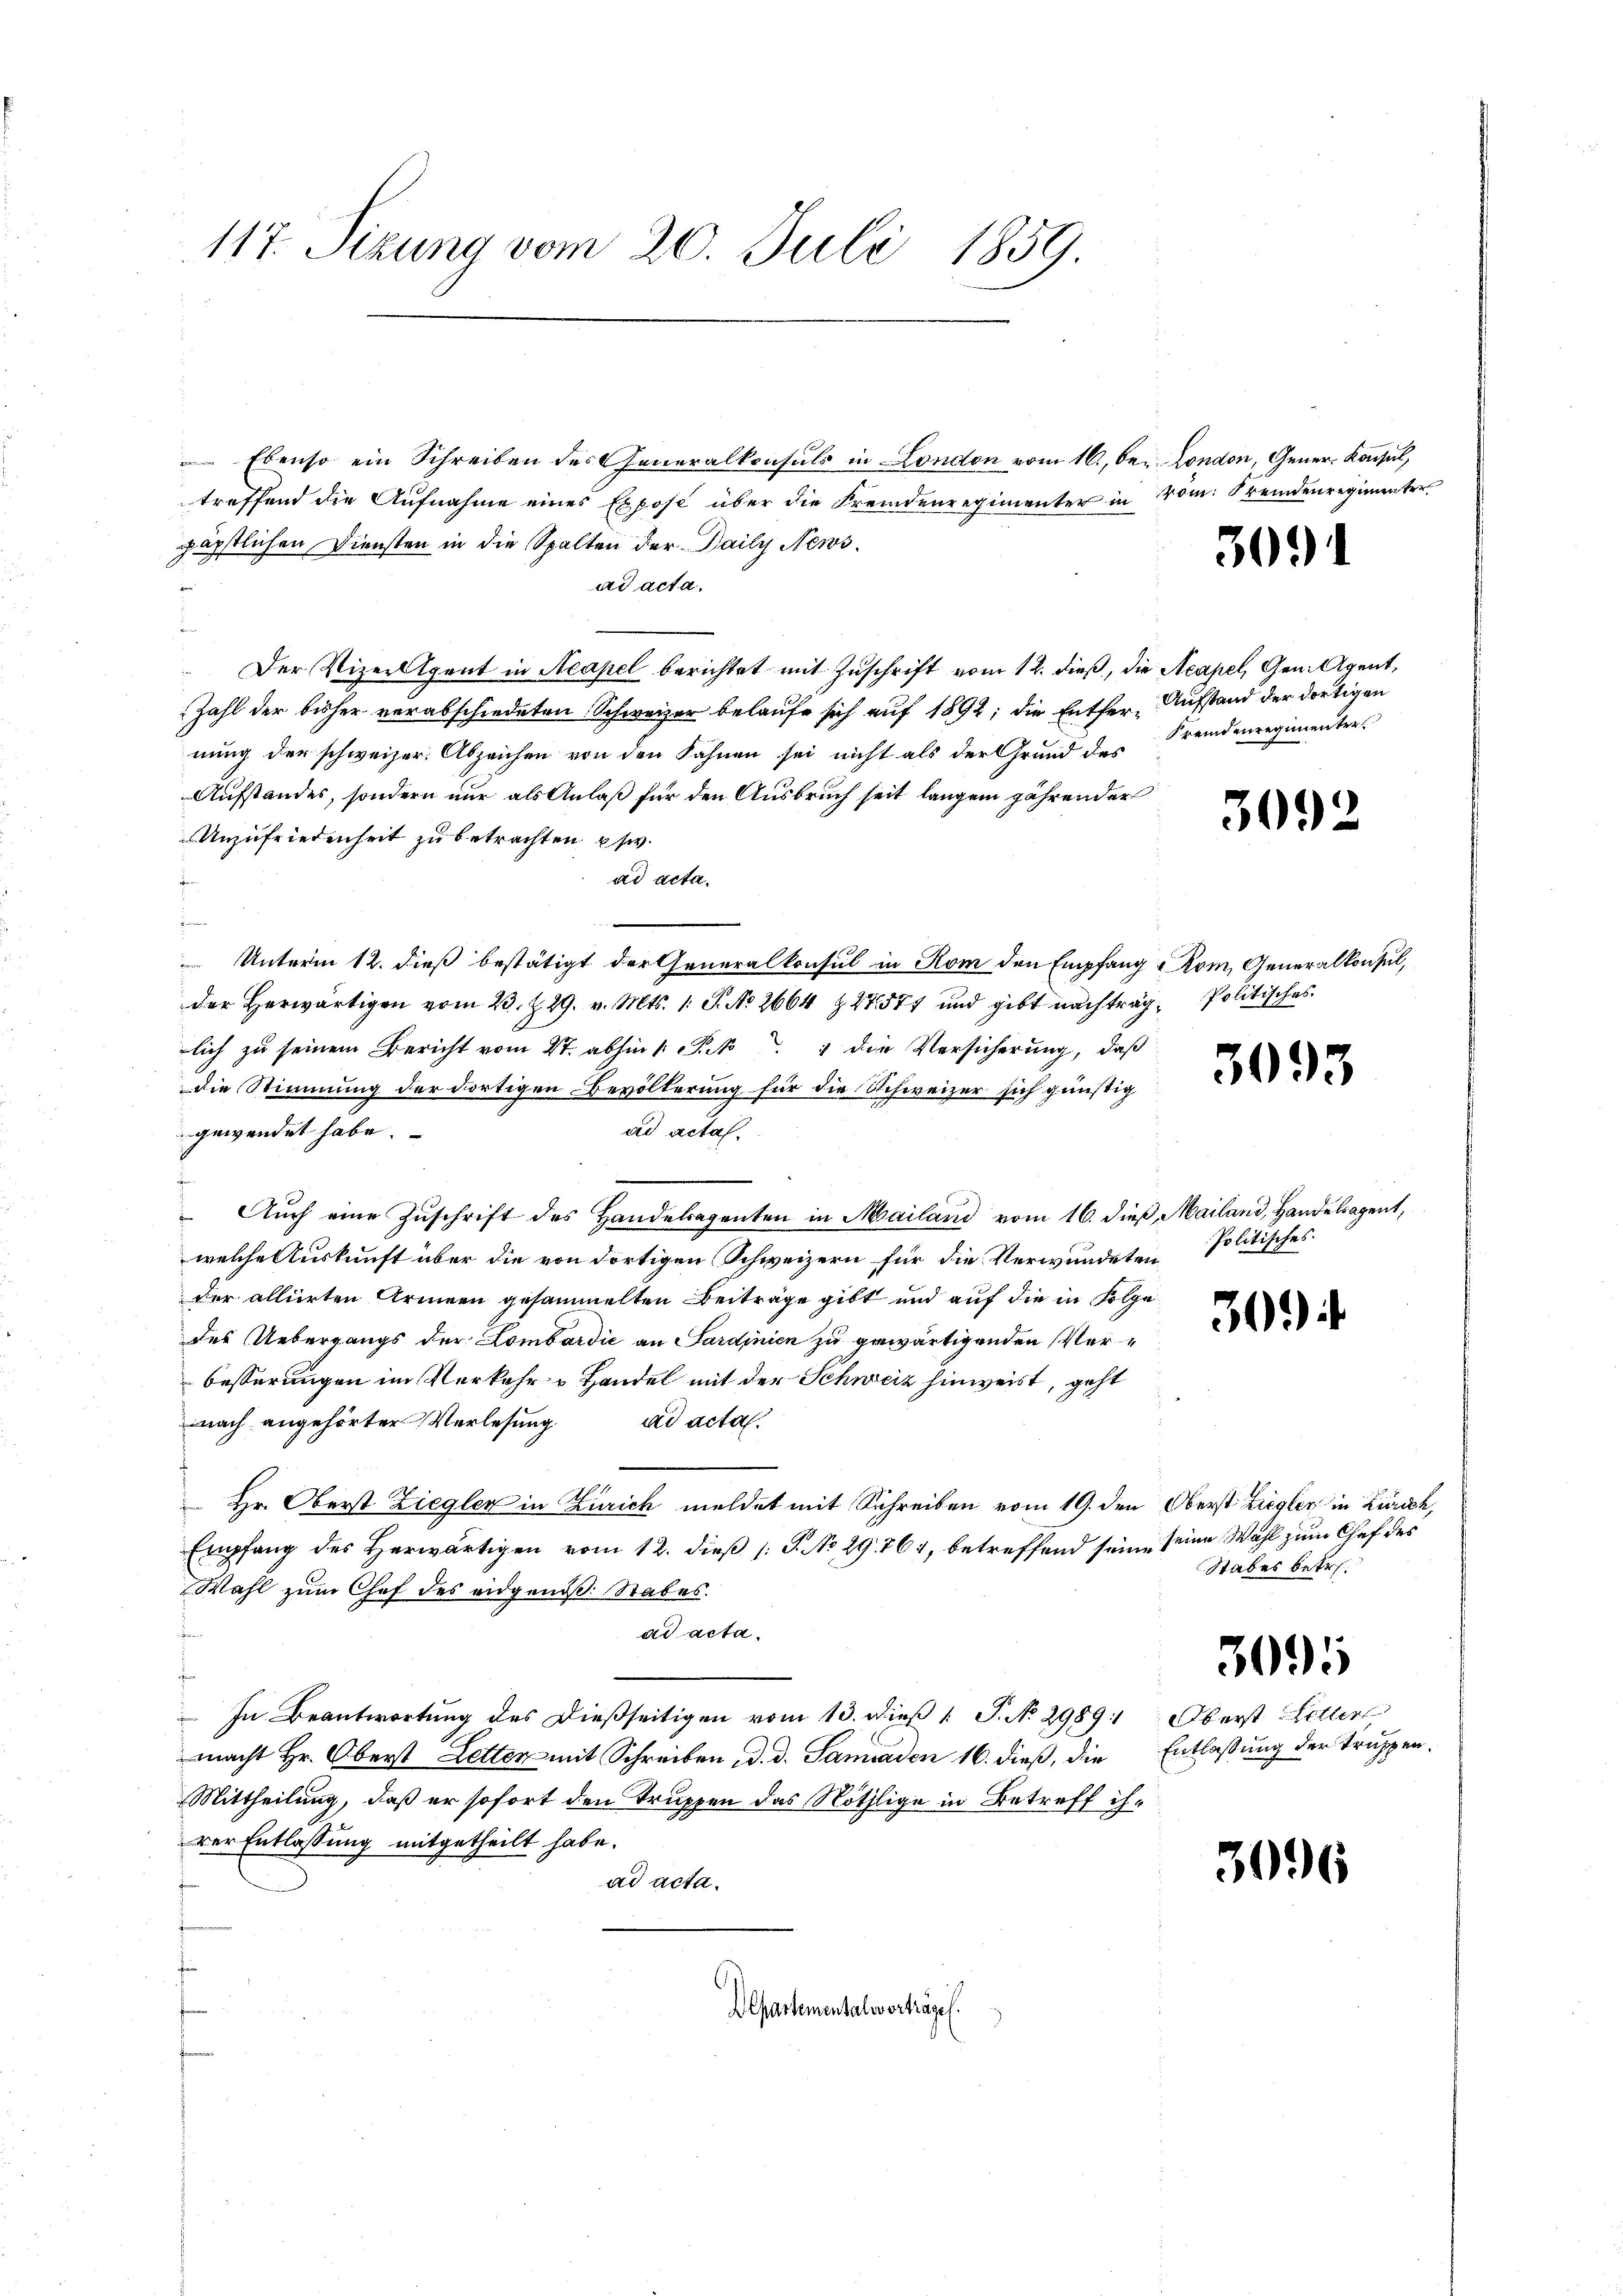
117. Sizung vom 20. Juli 1859

Ebenso ein Schreiben des Generalkonsuls in London vom 16., bei London, Gener Konsul,
treffend die Aufnahme eines Expose über die Fremdenregimenter in vom Fremdenregimenter
päpstlichen Diensten in die Spalten der Daily Newsad acta.
Der Vizeiligent in Neapel berichtet mit Zuschrift vom 12. dieß, die Acapel, Gem. Agent,
Zahl der bisher verabschiedeten Schweizer belaufe sich auf 1892; die Entfer-Aufstand der dortigen
nung der schweizer. Abzeichen von den Fahnen sei nicht als der Grund des
Aufstandes, sondern nur als Anlaß für den Ausbruch seit langen jährender
Unzufriedenheit zu betrachten psw.
ad acta.
.
 Unterm 12. dieß bestätigt der Generalkonsul in Rom den Empfang Rom, Generalkonsul,
der herwärtigen vom 23. Z. 29. v. Mts. 1. S. No 2664 27577 und gibt nachträg- Politisches
lich zu seinem Bericht vom 27. abhin 1 S. die Versicherung, daß
die Stimmung der dortigen Bevölkerung für die Schweizer sich günstig
gewendet habe.
ad acta.
Aŭch eine Zŭschrift des Handelregenten in Mailand vom 16. dieß, Mailand, Handelsagent,
welche Auskunft über die von dortigen Schweizern für die Verwundeten Politisches.
der alliirten Armeen gesammelten Beiträge gibt und auf die in Folge
des Uebergangs der Lombardić an Sardinien zu gewärtigenden Verbesserungen im Verkehr u Handel mit der Schweiz hinweist, geht
nach angehörter Verlesung
ad acta.
 Hr. Oberst Ziegler in Zürich meldet mit Schreiben vom 19. den Oberst Ziegler in Zürich,
Empfang des Herwärtigen vom 12. dieß (T. No 29. 764, betreffend sein, seine Wahl zum Chef des
Wahl zum Chef des eidgenoß Rabes.
ad acta.
 In Beantwortung des dießseitigen vom 13. dieß 1 P. No 2989: Oberst Heller
macht Hr. Oberst Letter mit Schreiben d. d. Saniaden 16. dieß, die Entlaßung der Truppen¬
Mittheilung, daß er sofort den Truppen das Nöthlige in Betreff ihrer Entlassung mitgetheilt habe.
ad acta.

Departementalverträge.

3091

Fremdenregimenter

3092

3093

30

Stabes betr.

3095

3096